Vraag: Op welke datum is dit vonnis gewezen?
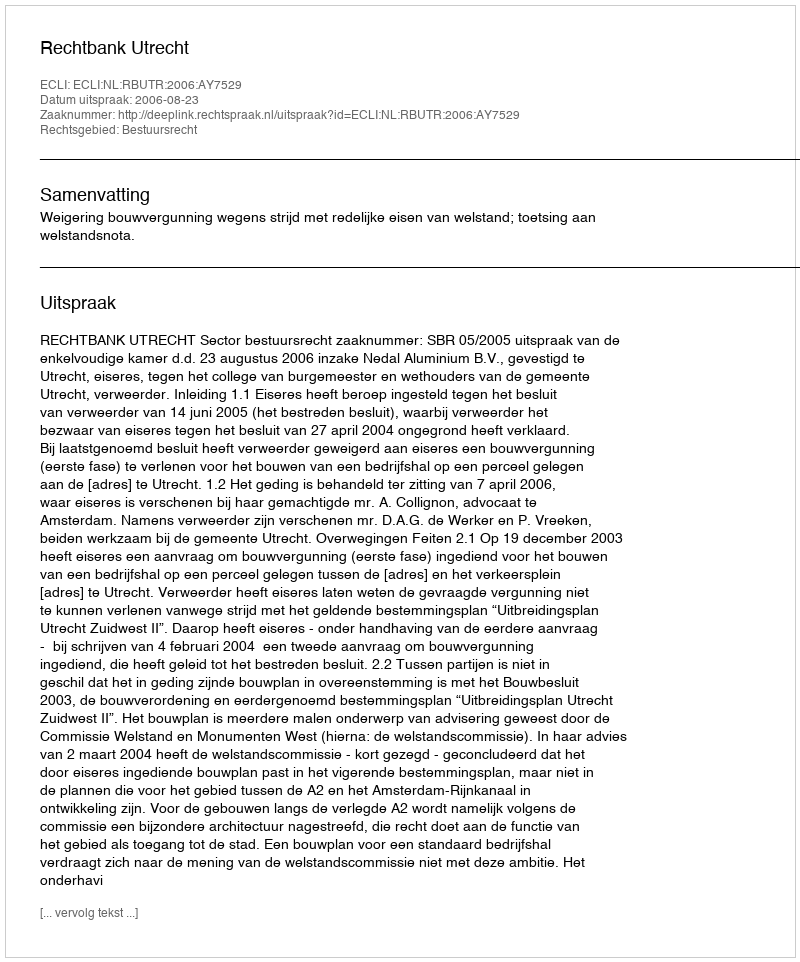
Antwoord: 2006-08-23